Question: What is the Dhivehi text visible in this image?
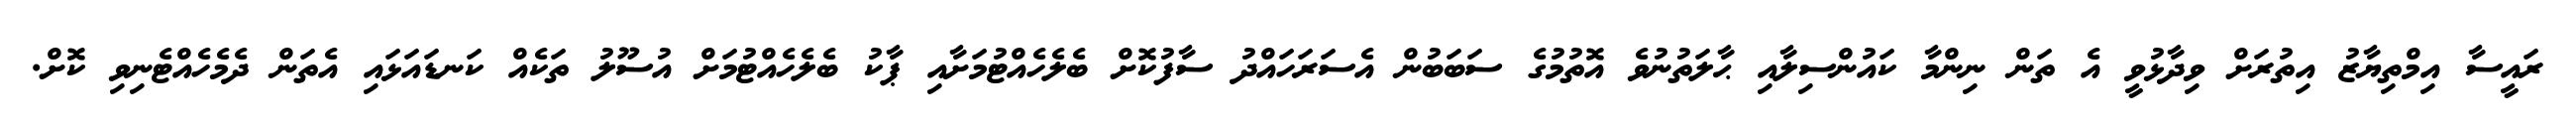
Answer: ރައީސާ އިމްތިޔާޒު އިތުރަށް ވިދާޅުވީ އެ ތަން ނިންމާ ކައުންސިލާއި ޙާލަތުނުވެ އޮތުމުގެ ސަބަބުން އެސަރަހައްދު ސާފުކޮށް ބެލެހެއްޓުމަށާއި ޕާކު ބެލެހެއްޓުމަށް އުސޫލު ތަކެއް ކަނޑައަޅައި އެތަން ދެމެހެއްޓެނިވި ކޮށް.